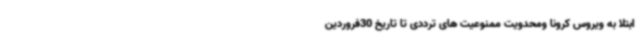
ابتلا به ویروس کرونا ومحدویت ممنوعیت های ترددی تا تاریخ 30فروردین